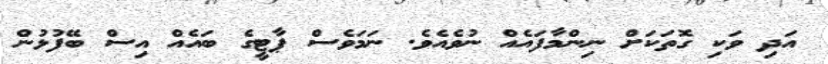
އަދި ވަކި ގޮތަކަށް ނިންމާފައެއް ނުވެއެވެ. ނަމަވެސް ޕާޓީގެ ބައެއް އިސް ބޭފުޅުން